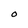
Character: O